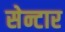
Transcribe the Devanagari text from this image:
सेन्टार